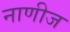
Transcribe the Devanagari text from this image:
नाणीज